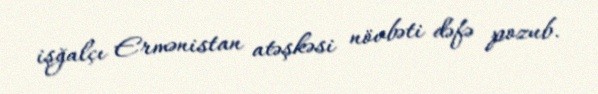
işğalçı Ermənistan atəşkəsi növbəti dəfə pozub.